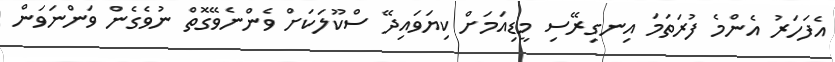
އެފަހަރު އެންމެ ފުރަތަމަ އިނގިރޭސި މީޑިއަަމަށް ކިޔަވައިދޭ ސްކޫލަކަށް ވެންނެވޭގޮތް ނުވެގެން ވަންނަވަން